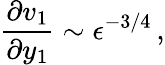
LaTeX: \frac{\partial v_{1}}{\partial y_{1}}\sim\epsilon^{-3/4}\, ,